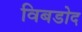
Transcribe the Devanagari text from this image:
विबडोद